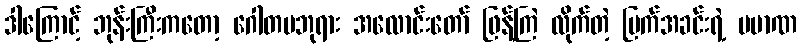
ဒါကြောင့် ဘုန်းကြီးကတော့ ဂေါတမဘုရား အလောင်းတော် ဖြန့်ကြဲ လိုက်တဲ့ မြက်အခင်းရဲ့ ပမာဏ